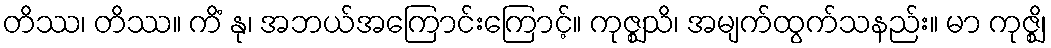
တိဿ၊ တိဿ။ ကိံ နု၊ အဘယ်အကြောင်းကြောင့်။ ကုဇ္ဈသိ၊ အမျက်ထွက်သနည်း။ မာ ကုဇ္ဈိ၊